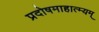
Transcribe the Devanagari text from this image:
प्रदोषमाहात्म्यम्